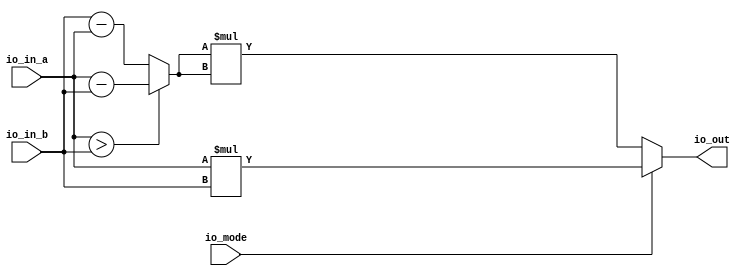
// Generated by CIRCT firtool-1.49.0
module SinglePe(
  input  [31:0] io_in_a,
                io_in_b,
  input         io_mode,
  output [31:0] io_out
);

  wire [31:0] diff = io_in_a > io_in_b ? io_in_a - io_in_b : io_in_b - io_in_a;
  assign io_out = io_mode ? io_in_a * io_in_b : diff * diff;
endmodule

module AddTree(
  input         clock,
                reset,
  input  [31:0] io_input_0_a,
                io_input_0_b,
                io_input_1_a,
                io_input_1_b,
                io_input_2_a,
                io_input_2_b,
                io_input_3_a,
                io_input_3_b,
                io_input_4_a,
                io_input_4_b,
                io_input_5_a,
                io_input_5_b,
                io_input_6_a,
                io_input_6_b,
                io_input_7_a,
                io_input_7_b,
                io_input_8_a,
                io_input_8_b,
                io_input_9_a,
                io_input_9_b,
                io_input_10_a,
                io_input_10_b,
                io_input_11_a,
                io_input_11_b,
                io_input_12_a,
                io_input_12_b,
                io_input_13_a,
                io_input_13_b,
                io_input_14_a,
                io_input_14_b,
                io_input_15_a,
                io_input_15_b,
                io_input_16_a,
                io_input_16_b,
                io_input_17_a,
                io_input_17_b,
                io_input_18_a,
                io_input_18_b,
                io_input_19_a,
                io_input_19_b,
                io_input_20_a,
                io_input_20_b,
                io_input_21_a,
                io_input_21_b,
                io_input_22_a,
                io_input_22_b,
                io_input_23_a,
                io_input_23_b,
                io_input_24_a,
                io_input_24_b,
                io_input_25_a,
                io_input_25_b,
                io_input_26_a,
                io_input_26_b,
                io_input_27_a,
                io_input_27_b,
                io_input_28_a,
                io_input_28_b,
                io_input_29_a,
                io_input_29_b,
                io_input_30_a,
                io_input_30_b,
                io_input_31_a,
                io_input_31_b,
  input         io_mode,
  output [31:0] io_output
);

  wire [31:0] _pes_31_io_out;
  wire [31:0] _pes_30_io_out;
  wire [31:0] _pes_29_io_out;
  wire [31:0] _pes_28_io_out;
  wire [31:0] _pes_27_io_out;
  wire [31:0] _pes_26_io_out;
  wire [31:0] _pes_25_io_out;
  wire [31:0] _pes_24_io_out;
  wire [31:0] _pes_23_io_out;
  wire [31:0] _pes_22_io_out;
  wire [31:0] _pes_21_io_out;
  wire [31:0] _pes_20_io_out;
  wire [31:0] _pes_19_io_out;
  wire [31:0] _pes_18_io_out;
  wire [31:0] _pes_17_io_out;
  wire [31:0] _pes_16_io_out;
  wire [31:0] _pes_15_io_out;
  wire [31:0] _pes_14_io_out;
  wire [31:0] _pes_13_io_out;
  wire [31:0] _pes_12_io_out;
  wire [31:0] _pes_11_io_out;
  wire [31:0] _pes_10_io_out;
  wire [31:0] _pes_9_io_out;
  wire [31:0] _pes_8_io_out;
  wire [31:0] _pes_7_io_out;
  wire [31:0] _pes_6_io_out;
  wire [31:0] _pes_5_io_out;
  wire [31:0] _pes_4_io_out;
  wire [31:0] _pes_3_io_out;
  wire [31:0] _pes_2_io_out;
  wire [31:0] _pes_1_io_out;
  wire [31:0] _pes_0_io_out;
  reg  [31:0] io_output_left_left_left_left_left;
  reg  [31:0] io_output_left_left_left_left_right;
  reg  [31:0] io_output_left_left_left_left;
  reg  [31:0] io_output_left_left_left_right_left;
  reg  [31:0] io_output_left_left_left_right_right;
  reg  [31:0] io_output_left_left_left_right;
  reg  [31:0] io_output_left_left_left;
  reg  [31:0] io_output_left_left_right_left_left;
  reg  [31:0] io_output_left_left_right_left_right;
  reg  [31:0] io_output_left_left_right_left;
  reg  [31:0] io_output_left_left_right_right_left;
  reg  [31:0] io_output_left_left_right_right_right;
  reg  [31:0] io_output_left_left_right_right;
  reg  [31:0] io_output_left_left_right;
  reg  [31:0] io_output_left_left;
  reg  [31:0] io_output_left_right_left_left_left;
  reg  [31:0] io_output_left_right_left_left_right;
  reg  [31:0] io_output_left_right_left_left;
  reg  [31:0] io_output_left_right_left_right_left;
  reg  [31:0] io_output_left_right_left_right_right;
  reg  [31:0] io_output_left_right_left_right;
  reg  [31:0] io_output_left_right_left;
  reg  [31:0] io_output_left_right_right_left_left;
  reg  [31:0] io_output_left_right_right_left_right;
  reg  [31:0] io_output_left_right_right_left;
  reg  [31:0] io_output_left_right_right_right_left;
  reg  [31:0] io_output_left_right_right_right_right;
  reg  [31:0] io_output_left_right_right_right;
  reg  [31:0] io_output_left_right_right;
  reg  [31:0] io_output_left_right;
  reg  [31:0] io_output_left;
  reg  [31:0] io_output_right_left_left_left_left;
  reg  [31:0] io_output_right_left_left_left_right;
  reg  [31:0] io_output_right_left_left_left;
  reg  [31:0] io_output_right_left_left_right_left;
  reg  [31:0] io_output_right_left_left_right_right;
  reg  [31:0] io_output_right_left_left_right;
  reg  [31:0] io_output_right_left_left;
  reg  [31:0] io_output_right_left_right_left_left;
  reg  [31:0] io_output_right_left_right_left_right;
  reg  [31:0] io_output_right_left_right_left;
  reg  [31:0] io_output_right_left_right_right_left;
  reg  [31:0] io_output_right_left_right_right_right;
  reg  [31:0] io_output_right_left_right_right;
  reg  [31:0] io_output_right_left_right;
  reg  [31:0] io_output_right_left;
  reg  [31:0] io_output_right_right_left_left_left;
  reg  [31:0] io_output_right_right_left_left_right;
  reg  [31:0] io_output_right_right_left_left;
  reg  [31:0] io_output_right_right_left_right_left;
  reg  [31:0] io_output_right_right_left_right_right;
  reg  [31:0] io_output_right_right_left_right;
  reg  [31:0] io_output_right_right_left;
  reg  [31:0] io_output_right_right_right_left_left;
  reg  [31:0] io_output_right_right_right_left_right;
  reg  [31:0] io_output_right_right_right_left;
  reg  [31:0] io_output_right_right_right_right_left;
  reg  [31:0] io_output_right_right_right_right_right;
  reg  [31:0] io_output_right_right_right_right;
  reg  [31:0] io_output_right_right_right;
  reg  [31:0] io_output_right_right;
  reg  [31:0] io_output_right;
  always @(posedge clock) begin
    io_output_left_left_left_left_left <= _pes_0_io_out;
    io_output_left_left_left_left_right <= _pes_1_io_out;
    io_output_left_left_left_left <=
      io_output_left_left_left_left_left + io_output_left_left_left_left_right;
    io_output_left_left_left_right_left <= _pes_2_io_out;
    io_output_left_left_left_right_right <= _pes_3_io_out;
    io_output_left_left_left_right <=
      io_output_left_left_left_right_left + io_output_left_left_left_right_right;
    io_output_left_left_left <=
      io_output_left_left_left_left + io_output_left_left_left_right;
    io_output_left_left_right_left_left <= _pes_4_io_out;
    io_output_left_left_right_left_right <= _pes_5_io_out;
    io_output_left_left_right_left <=
      io_output_left_left_right_left_left + io_output_left_left_right_left_right;
    io_output_left_left_right_right_left <= _pes_6_io_out;
    io_output_left_left_right_right_right <= _pes_7_io_out;
    io_output_left_left_right_right <=
      io_output_left_left_right_right_left + io_output_left_left_right_right_right;
    io_output_left_left_right <=
      io_output_left_left_right_left + io_output_left_left_right_right;
    io_output_left_left <= io_output_left_left_left + io_output_left_left_right;
    io_output_left_right_left_left_left <= _pes_8_io_out;
    io_output_left_right_left_left_right <= _pes_9_io_out;
    io_output_left_right_left_left <=
      io_output_left_right_left_left_left + io_output_left_right_left_left_right;
    io_output_left_right_left_right_left <= _pes_10_io_out;
    io_output_left_right_left_right_right <= _pes_11_io_out;
    io_output_left_right_left_right <=
      io_output_left_right_left_right_left + io_output_left_right_left_right_right;
    io_output_left_right_left <=
      io_output_left_right_left_left + io_output_left_right_left_right;
    io_output_left_right_right_left_left <= _pes_12_io_out;
    io_output_left_right_right_left_right <= _pes_13_io_out;
    io_output_left_right_right_left <=
      io_output_left_right_right_left_left + io_output_left_right_right_left_right;
    io_output_left_right_right_right_left <= _pes_14_io_out;
    io_output_left_right_right_right_right <= _pes_15_io_out;
    io_output_left_right_right_right <=
      io_output_left_right_right_right_left + io_output_left_right_right_right_right;
    io_output_left_right_right <=
      io_output_left_right_right_left + io_output_left_right_right_right;
    io_output_left_right <= io_output_left_right_left + io_output_left_right_right;
    io_output_left <= io_output_left_left + io_output_left_right;
    io_output_right_left_left_left_left <= _pes_16_io_out;
    io_output_right_left_left_left_right <= _pes_17_io_out;
    io_output_right_left_left_left <=
      io_output_right_left_left_left_left + io_output_right_left_left_left_right;
    io_output_right_left_left_right_left <= _pes_18_io_out;
    io_output_right_left_left_right_right <= _pes_19_io_out;
    io_output_right_left_left_right <=
      io_output_right_left_left_right_left + io_output_right_left_left_right_right;
    io_output_right_left_left <=
      io_output_right_left_left_left + io_output_right_left_left_right;
    io_output_right_left_right_left_left <= _pes_20_io_out;
    io_output_right_left_right_left_right <= _pes_21_io_out;
    io_output_right_left_right_left <=
      io_output_right_left_right_left_left + io_output_right_left_right_left_right;
    io_output_right_left_right_right_left <= _pes_22_io_out;
    io_output_right_left_right_right_right <= _pes_23_io_out;
    io_output_right_left_right_right <=
      io_output_right_left_right_right_left + io_output_right_left_right_right_right;
    io_output_right_left_right <=
      io_output_right_left_right_left + io_output_right_left_right_right;
    io_output_right_left <= io_output_right_left_left + io_output_right_left_right;
    io_output_right_right_left_left_left <= _pes_24_io_out;
    io_output_right_right_left_left_right <= _pes_25_io_out;
    io_output_right_right_left_left <=
      io_output_right_right_left_left_left + io_output_right_right_left_left_right;
    io_output_right_right_left_right_left <= _pes_26_io_out;
    io_output_right_right_left_right_right <= _pes_27_io_out;
    io_output_right_right_left_right <=
      io_output_right_right_left_right_left + io_output_right_right_left_right_right;
    io_output_right_right_left <=
      io_output_right_right_left_left + io_output_right_right_left_right;
    io_output_right_right_right_left_left <= _pes_28_io_out;
    io_output_right_right_right_left_right <= _pes_29_io_out;
    io_output_right_right_right_left <=
      io_output_right_right_right_left_left + io_output_right_right_right_left_right;
    io_output_right_right_right_right_left <= _pes_30_io_out;
    io_output_right_right_right_right_right <= _pes_31_io_out;
    io_output_right_right_right_right <=
      io_output_right_right_right_right_left + io_output_right_right_right_right_right;
    io_output_right_right_right <=
      io_output_right_right_right_left + io_output_right_right_right_right;
    io_output_right_right <= io_output_right_right_left + io_output_right_right_right;
    io_output_right <= io_output_right_left + io_output_right_right;
  end // always @(posedge)
  SinglePe pes_0 (
    .io_in_a (io_input_0_a),
    .io_in_b (io_input_0_b),
    .io_mode (io_mode),
    .io_out  (_pes_0_io_out)
  );
  SinglePe pes_1 (
    .io_in_a (io_input_1_a),
    .io_in_b (io_input_1_b),
    .io_mode (io_mode),
    .io_out  (_pes_1_io_out)
  );
  SinglePe pes_2 (
    .io_in_a (io_input_2_a),
    .io_in_b (io_input_2_b),
    .io_mode (io_mode),
    .io_out  (_pes_2_io_out)
  );
  SinglePe pes_3 (
    .io_in_a (io_input_3_a),
    .io_in_b (io_input_3_b),
    .io_mode (io_mode),
    .io_out  (_pes_3_io_out)
  );
  SinglePe pes_4 (
    .io_in_a (io_input_4_a),
    .io_in_b (io_input_4_b),
    .io_mode (io_mode),
    .io_out  (_pes_4_io_out)
  );
  SinglePe pes_5 (
    .io_in_a (io_input_5_a),
    .io_in_b (io_input_5_b),
    .io_mode (io_mode),
    .io_out  (_pes_5_io_out)
  );
  SinglePe pes_6 (
    .io_in_a (io_input_6_a),
    .io_in_b (io_input_6_b),
    .io_mode (io_mode),
    .io_out  (_pes_6_io_out)
  );
  SinglePe pes_7 (
    .io_in_a (io_input_7_a),
    .io_in_b (io_input_7_b),
    .io_mode (io_mode),
    .io_out  (_pes_7_io_out)
  );
  SinglePe pes_8 (
    .io_in_a (io_input_8_a),
    .io_in_b (io_input_8_b),
    .io_mode (io_mode),
    .io_out  (_pes_8_io_out)
  );
  SinglePe pes_9 (
    .io_in_a (io_input_9_a),
    .io_in_b (io_input_9_b),
    .io_mode (io_mode),
    .io_out  (_pes_9_io_out)
  );
  SinglePe pes_10 (
    .io_in_a (io_input_10_a),
    .io_in_b (io_input_10_b),
    .io_mode (io_mode),
    .io_out  (_pes_10_io_out)
  );
  SinglePe pes_11 (
    .io_in_a (io_input_11_a),
    .io_in_b (io_input_11_b),
    .io_mode (io_mode),
    .io_out  (_pes_11_io_out)
  );
  SinglePe pes_12 (
    .io_in_a (io_input_12_a),
    .io_in_b (io_input_12_b),
    .io_mode (io_mode),
    .io_out  (_pes_12_io_out)
  );
  SinglePe pes_13 (
    .io_in_a (io_input_13_a),
    .io_in_b (io_input_13_b),
    .io_mode (io_mode),
    .io_out  (_pes_13_io_out)
  );
  SinglePe pes_14 (
    .io_in_a (io_input_14_a),
    .io_in_b (io_input_14_b),
    .io_mode (io_mode),
    .io_out  (_pes_14_io_out)
  );
  SinglePe pes_15 (
    .io_in_a (io_input_15_a),
    .io_in_b (io_input_15_b),
    .io_mode (io_mode),
    .io_out  (_pes_15_io_out)
  );
  SinglePe pes_16 (
    .io_in_a (io_input_16_a),
    .io_in_b (io_input_16_b),
    .io_mode (io_mode),
    .io_out  (_pes_16_io_out)
  );
  SinglePe pes_17 (
    .io_in_a (io_input_17_a),
    .io_in_b (io_input_17_b),
    .io_mode (io_mode),
    .io_out  (_pes_17_io_out)
  );
  SinglePe pes_18 (
    .io_in_a (io_input_18_a),
    .io_in_b (io_input_18_b),
    .io_mode (io_mode),
    .io_out  (_pes_18_io_out)
  );
  SinglePe pes_19 (
    .io_in_a (io_input_19_a),
    .io_in_b (io_input_19_b),
    .io_mode (io_mode),
    .io_out  (_pes_19_io_out)
  );
  SinglePe pes_20 (
    .io_in_a (io_input_20_a),
    .io_in_b (io_input_20_b),
    .io_mode (io_mode),
    .io_out  (_pes_20_io_out)
  );
  SinglePe pes_21 (
    .io_in_a (io_input_21_a),
    .io_in_b (io_input_21_b),
    .io_mode (io_mode),
    .io_out  (_pes_21_io_out)
  );
  SinglePe pes_22 (
    .io_in_a (io_input_22_a),
    .io_in_b (io_input_22_b),
    .io_mode (io_mode),
    .io_out  (_pes_22_io_out)
  );
  SinglePe pes_23 (
    .io_in_a (io_input_23_a),
    .io_in_b (io_input_23_b),
    .io_mode (io_mode),
    .io_out  (_pes_23_io_out)
  );
  SinglePe pes_24 (
    .io_in_a (io_input_24_a),
    .io_in_b (io_input_24_b),
    .io_mode (io_mode),
    .io_out  (_pes_24_io_out)
  );
  SinglePe pes_25 (
    .io_in_a (io_input_25_a),
    .io_in_b (io_input_25_b),
    .io_mode (io_mode),
    .io_out  (_pes_25_io_out)
  );
  SinglePe pes_26 (
    .io_in_a (io_input_26_a),
    .io_in_b (io_input_26_b),
    .io_mode (io_mode),
    .io_out  (_pes_26_io_out)
  );
  SinglePe pes_27 (
    .io_in_a (io_input_27_a),
    .io_in_b (io_input_27_b),
    .io_mode (io_mode),
    .io_out  (_pes_27_io_out)
  );
  SinglePe pes_28 (
    .io_in_a (io_input_28_a),
    .io_in_b (io_input_28_b),
    .io_mode (io_mode),
    .io_out  (_pes_28_io_out)
  );
  SinglePe pes_29 (
    .io_in_a (io_input_29_a),
    .io_in_b (io_input_29_b),
    .io_mode (io_mode),
    .io_out  (_pes_29_io_out)
  );
  SinglePe pes_30 (
    .io_in_a (io_input_30_a),
    .io_in_b (io_input_30_b),
    .io_mode (io_mode),
    .io_out  (_pes_30_io_out)
  );
  SinglePe pes_31 (
    .io_in_a (io_input_31_a),
    .io_in_b (io_input_31_b),
    .io_mode (io_mode),
    .io_out  (_pes_31_io_out)
  );
  assign io_output = io_output_left + io_output_right;
endmodule